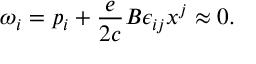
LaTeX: \omega _ { i } = p _ { i } + \frac { e } { 2 c } B \epsilon _ { i j } x ^ { j } \approx 0 .